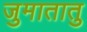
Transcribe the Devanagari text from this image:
जुमातातु